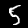
Label: 5